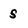
Character: S